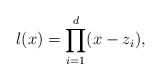
LaTeX: \begin{align*} l(x)=\prod_{i=1}^d(x-z_i), \end{align*}